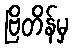
ဗြိတိန်မှ